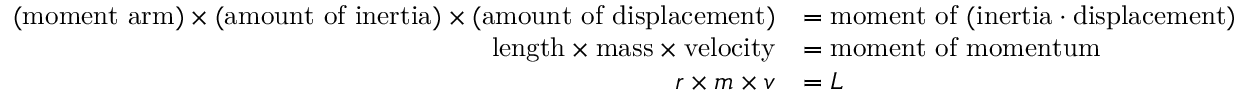
{ \begin{array} { r l } { ( { \mathrm { m o m e n t ~ a r m } } ) \times ( { \mathrm { a m o u n t ~ o f ~ i n e r t i a } } ) \times ( { \mathrm { a m o u n t ~ o f ~ d i s p l a c e m e n t } } ) } & { = { \mathrm { m o m e n t ~ o f ~ ( i n e r t i a ⋅ d i s p l a c e m e n t ) } } } \\ { { \mathrm { l e n g t h } } \times { \mathrm { m a s s } } \times { \mathrm { v e l o c i t y } } } & { = { \mathrm { m o m e n t ~ o f ~ m o m e n t u m } } } \\ { r \times m \times v } & { = L } \end{array} }